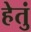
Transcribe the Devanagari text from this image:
हेतुं